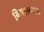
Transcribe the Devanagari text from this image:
बिगरलढाऊ